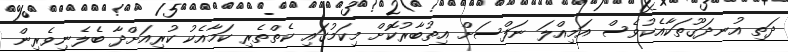
ދަތި އުނދަގޫތަކާއެކުވެސް އަމިއްލަ ނަފްސަށް އިތުބާރުކޮށް މިކަމުގައި ކެތްތެރި ކަމާއެކު ކުރިއަށްދާ ބެލެނިވެރިން